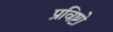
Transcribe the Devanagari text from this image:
प्रविष्टो